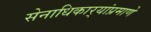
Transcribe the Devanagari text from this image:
सेनाधिकार्‍यांप्रमाणे